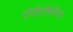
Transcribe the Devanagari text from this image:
पॉलीएक्रिलिक